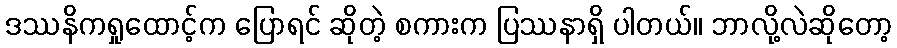
ဒဿနိကရှုထောင့်က ပြောရင် ဆိုတဲ့ စကားက ပြဿနာရှိ ပါတယ်။ ဘာလို့လဲဆိုတော့